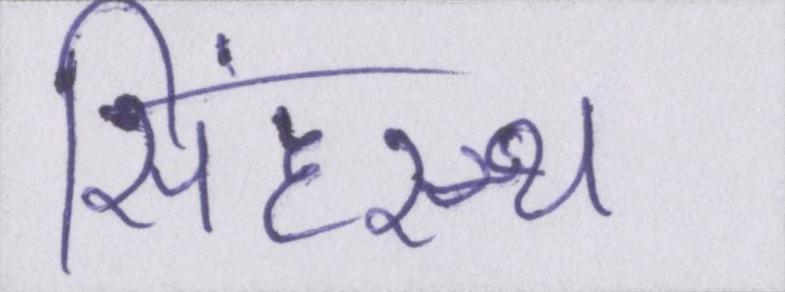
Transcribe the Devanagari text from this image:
सिंहस्थ